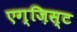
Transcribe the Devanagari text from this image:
एग्ज़िस्ट